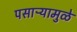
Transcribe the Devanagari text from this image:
पसाऱ्यामुळे